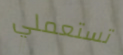
تستعملي